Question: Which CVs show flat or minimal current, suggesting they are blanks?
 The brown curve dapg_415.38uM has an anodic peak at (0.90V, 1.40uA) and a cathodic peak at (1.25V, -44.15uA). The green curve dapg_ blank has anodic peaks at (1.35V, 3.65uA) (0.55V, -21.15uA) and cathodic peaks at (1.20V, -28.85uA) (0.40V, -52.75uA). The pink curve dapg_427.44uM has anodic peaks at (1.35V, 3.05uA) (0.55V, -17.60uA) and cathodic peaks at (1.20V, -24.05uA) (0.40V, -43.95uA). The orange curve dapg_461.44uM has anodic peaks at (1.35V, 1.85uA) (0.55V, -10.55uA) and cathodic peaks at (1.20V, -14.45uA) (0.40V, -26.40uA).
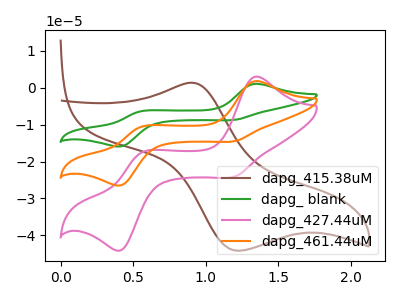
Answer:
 <answer>There are not any CV's on this graph that are likely to be blanks.</answer>
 <eval>none</eval>